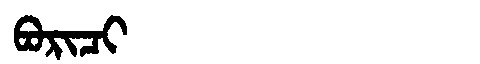
Manchu: ᠪᠣᡵᡳᠴᡳ
Romanization: BORICI